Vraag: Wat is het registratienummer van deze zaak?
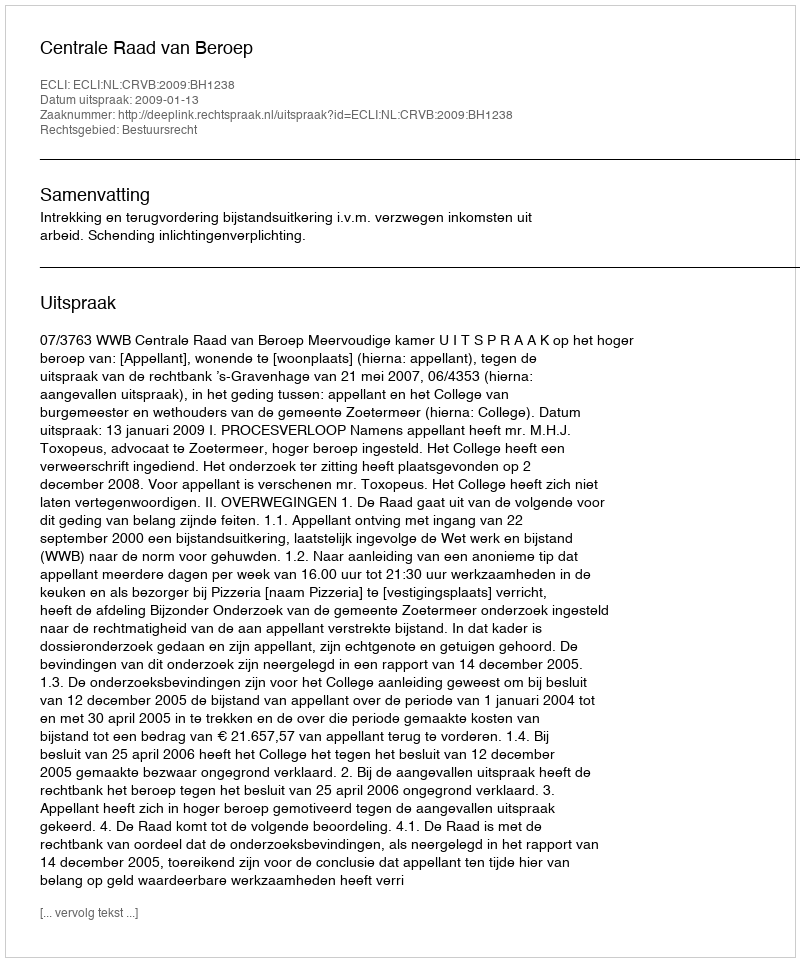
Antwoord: http://deeplink.rechtspraak.nl/uitspraak?id=ECLI:NL:CRVB:2009:BH1238